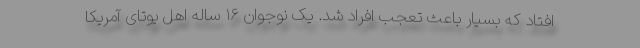
افتاد که بسیار باعث تعجب افراد شد. یک نوجوان ۱۶ ساله اهل یوتای آمریکا